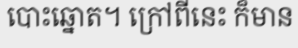
បោះឆ្នោត។ ក្រៅពីនេះ ក៏មាន